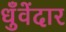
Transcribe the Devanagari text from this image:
धुँवेंदार